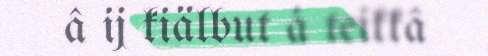
â ij kiälbut á teikkâ